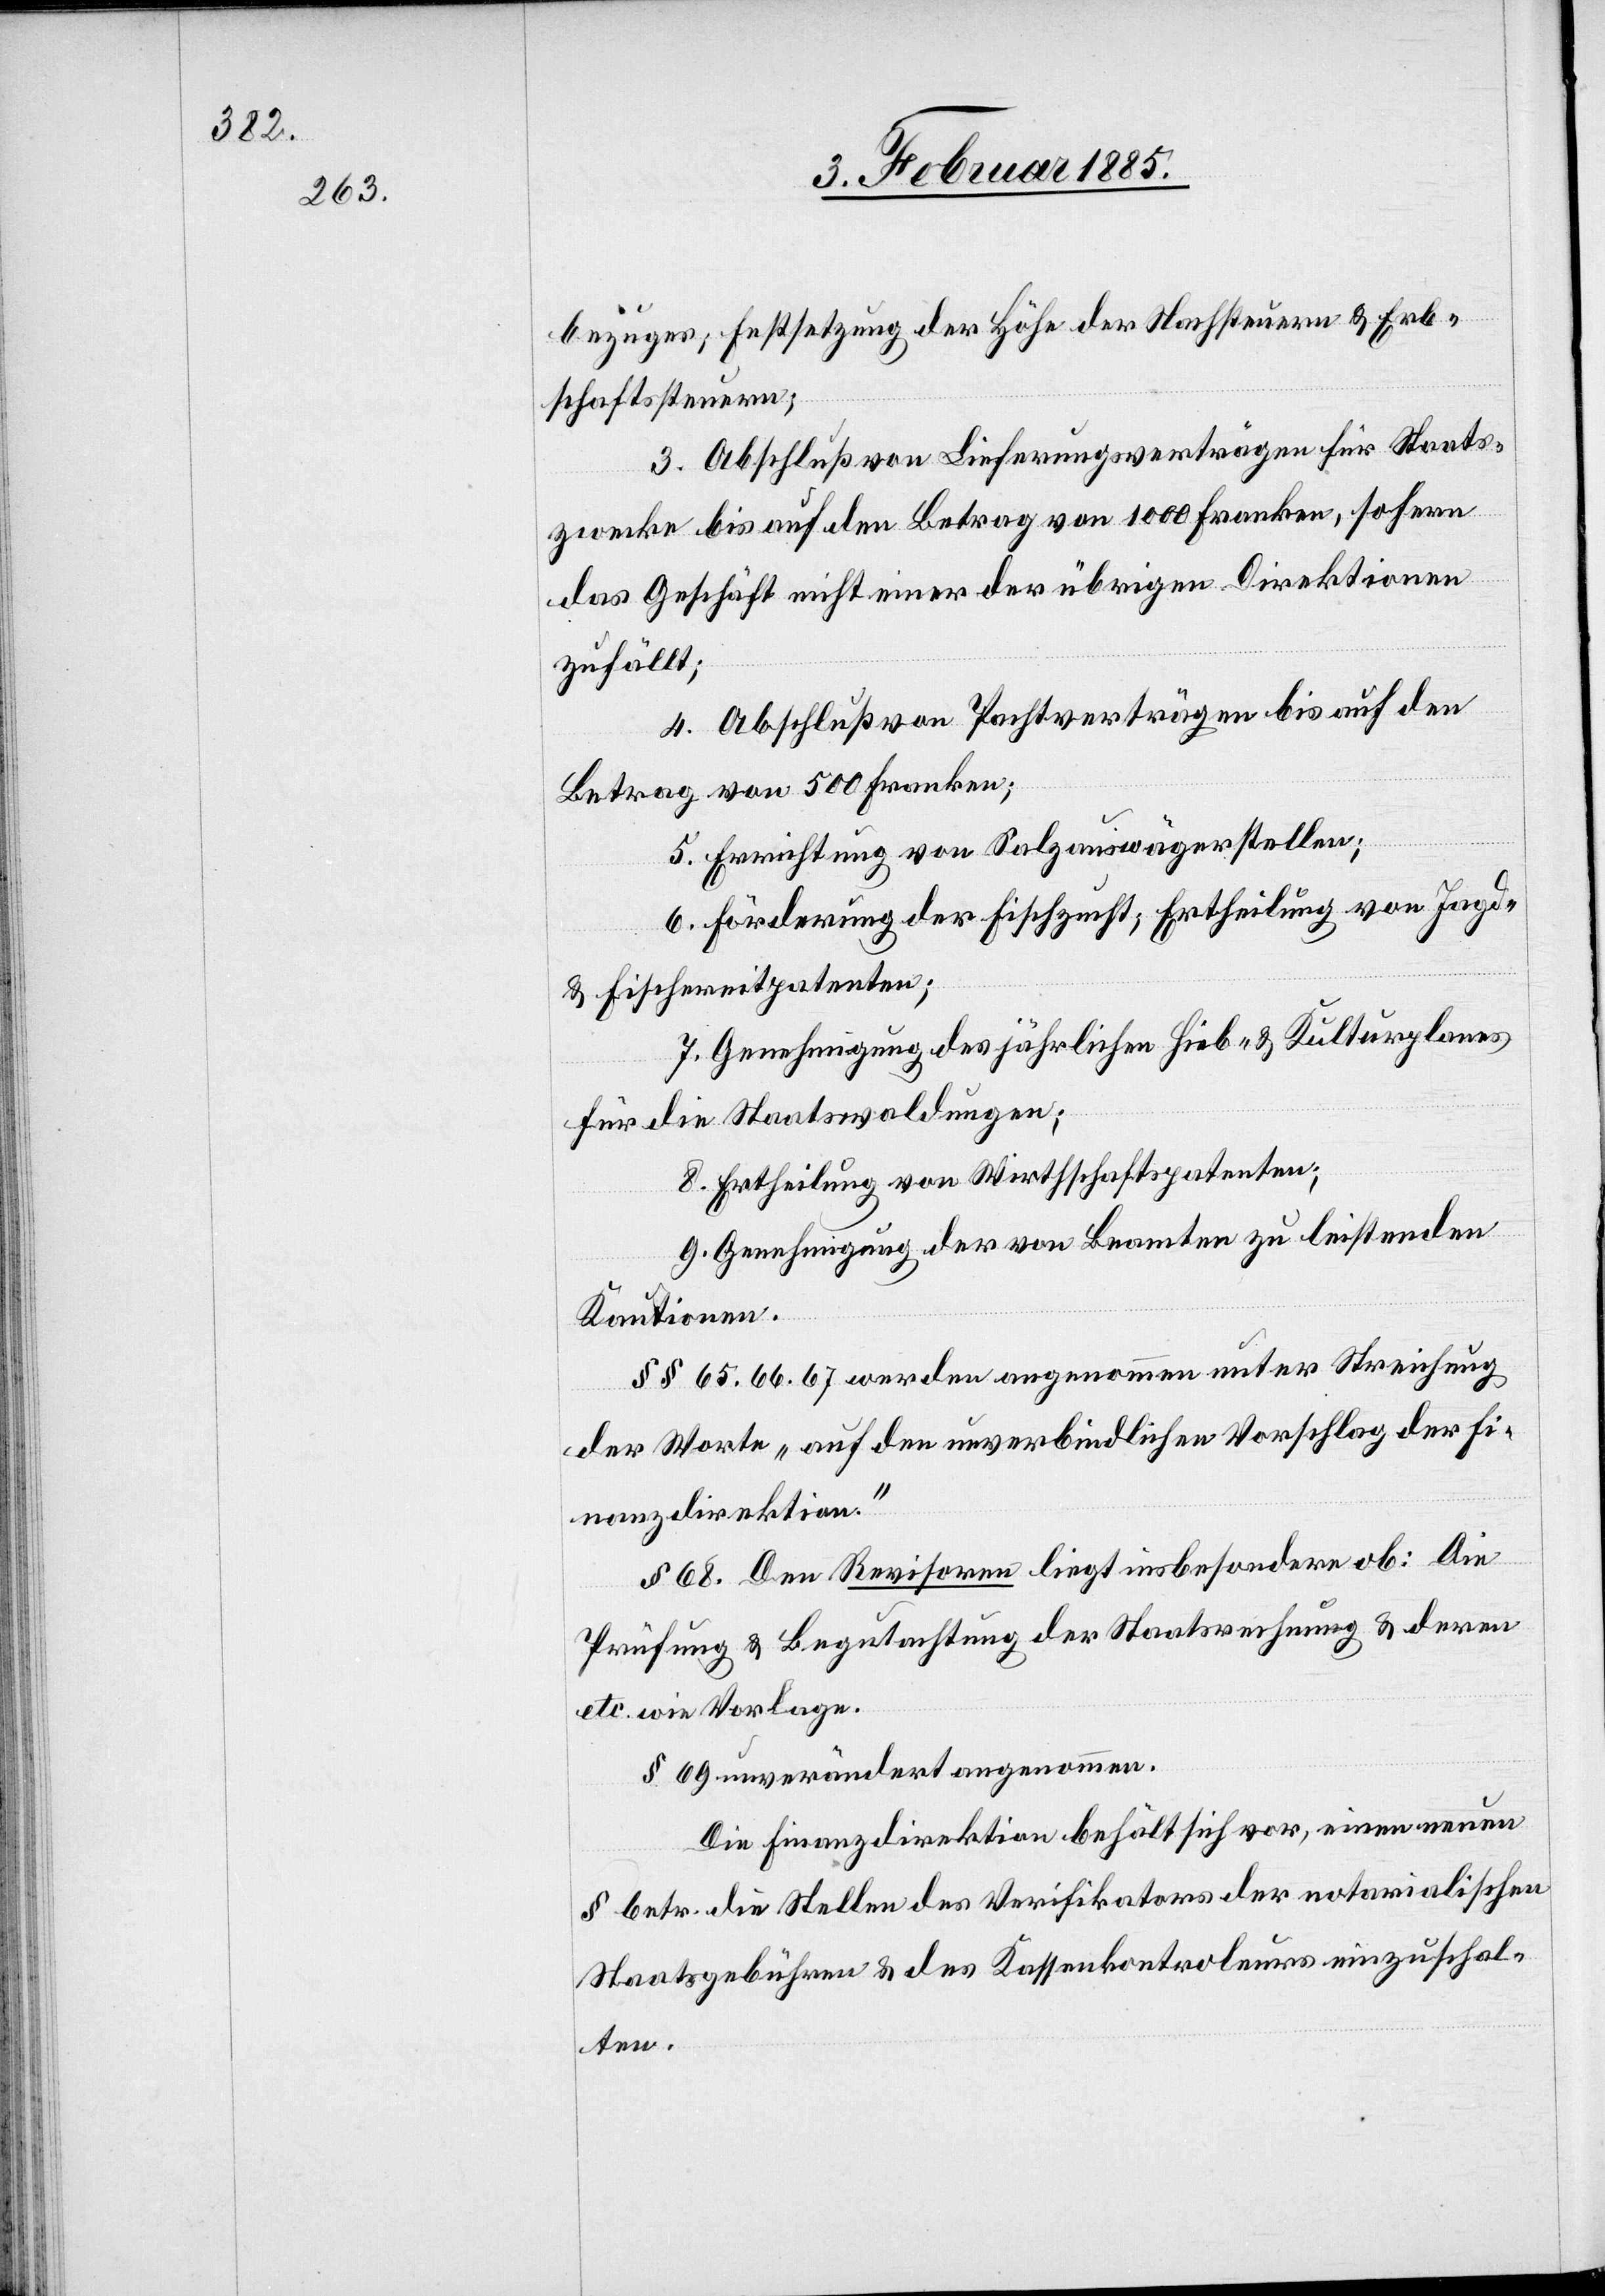
bezüger; Festsetzung der Höhe der Nachsteuern & Erb¬
schaftssteuern;
3. Abschluß von Lieferungsverträgen für Staats¬
zwecke bis auf den Betrag von 1000 Franken, sofern
das Geschäft nicht einer der übrigen Direktionen
zufällt;
4. Abschluß von Pachtverträgen bis auch den
Betrag von 500 Franken;
5. Errichtung von Salzauswägerstellen;
6. Förderung der Fischzucht; Ertheilung von Jagd-
& Fischereitpatenten
7. Genehmigung des jährlichen Hieb- & Kulturlandes
für die Staatswaldungen;
8. Ertheilung von Wirthschaftspatenten;
9. Genehmigung der von Beamten zu leistenden
Konditionen.
§§ 65, 66, 67 werden angenommen unter Streichung
der Worte „auf den unverbindlichen Vorschlag der Fi¬
nanzdirektion.“
§§ 68. Den Revisoren liegt insbesondere ob: Die
Prüfung & Begutachtung der Staatsrechnung & deren
etc. wie Vorlage.
§ 69 unverändert angenommen.
Die Finanzdirektion behält sich vor, einen neuen
§ betr. die Stellen des Verifikators der notarialischen
Staatsgebühren & des Kassenkontroleuers einzuschal¬
ten.